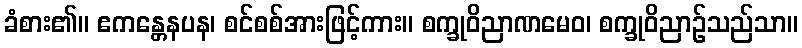
ခံစား၏။ ဧကန္တေနပန၊ စင်စစ်အားဖြင့်ကား။ စက္ခုဝိညာဏမေဝ၊ စက္ခုဝိညာဉ်သည်သာ။